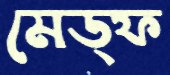
মেড্ফ